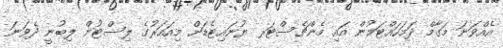
އެއްވަނަ މަގާމް ދަމަހައްޓަމުން އައި މެންޗެސްޓަރ ޔުނައިޓެޑަށް މިއަހަރުގެ ލިސްޓުން ލިބުނީ ދެވަނަ